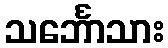
သင်္ဘောသား